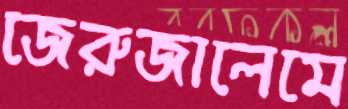
জেরুজালেমে